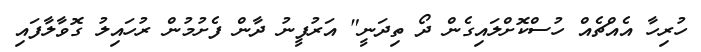
ހުރިހާ އެއްޗެއް ހުސްކޮށްލައިގެން ދޯ ތިދަނީ" އަރުފީނު ދާން ފެށުމުން ރުހައިލު ގޮވާލާފައި